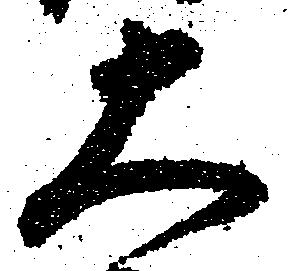
大